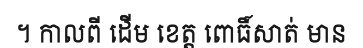
។ កាលពី ដើម ខេត្ត ពោធិ៍សាត់ មាន